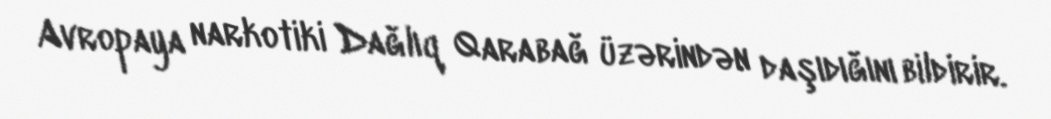
Avropaya narkotiki Dağlıq Qarabağ üzərindən daşıdığını bildirir.